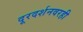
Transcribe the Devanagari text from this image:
दूरदर्शनवरही